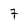
Character: 7